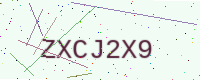
Text: ZXCJ2X9